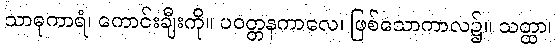
သာဓုကာရံ၊ ကောင်းချီးကို။ ပဝတ္တနကာလေ၊ ဖြစ်သောကာလ၌။ သတ္ထာ၊